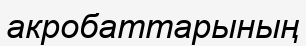
акробаттарының